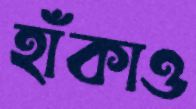
হাঁকাও